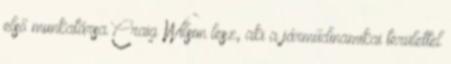
első munkatársa Craig Wilson lesz, aki a járműdinamikai területtel